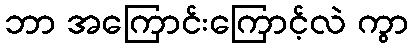
ဘာ အကြောင်းကြောင့်လဲ ကွာ